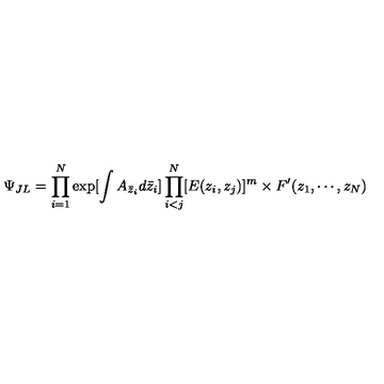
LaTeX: \Psi _ { J L } = \prod _ { i = 1 } ^ { N } \exp [ \int A _ { \bar { z } _ { i } } d \bar { z } _ { i } ] \prod _ { i < j } ^ { N } [ E ( z _ { i } , z _ { j } ) ] ^ { m } \times F ^ { \prime } ( z _ { 1 } , \cdots , z _ { N } )